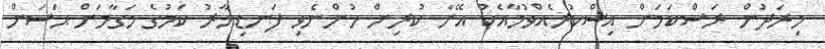
މިރަދުން ރަސްކަމަށް އިސްކުރެއްވުމާއެކު އޭނާ ކުރިން ހުންނެވި ފަނޑިޔާރު ކަމުގެ މަގާމަށް ޙަސަން